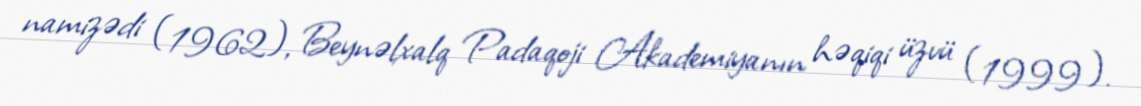
namizədi (1962), Beynəlxalq Padaqoji Akademiyanın həqiqi üzvü (1999).